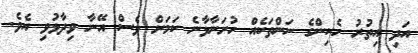
އަދި އިތުރު ހެކިންގެ ނަންތަކެއް ހުށަނާޅާނެ ކަމަށް ވެސް އޭނާ ވިދާޅުވި އެވެ.